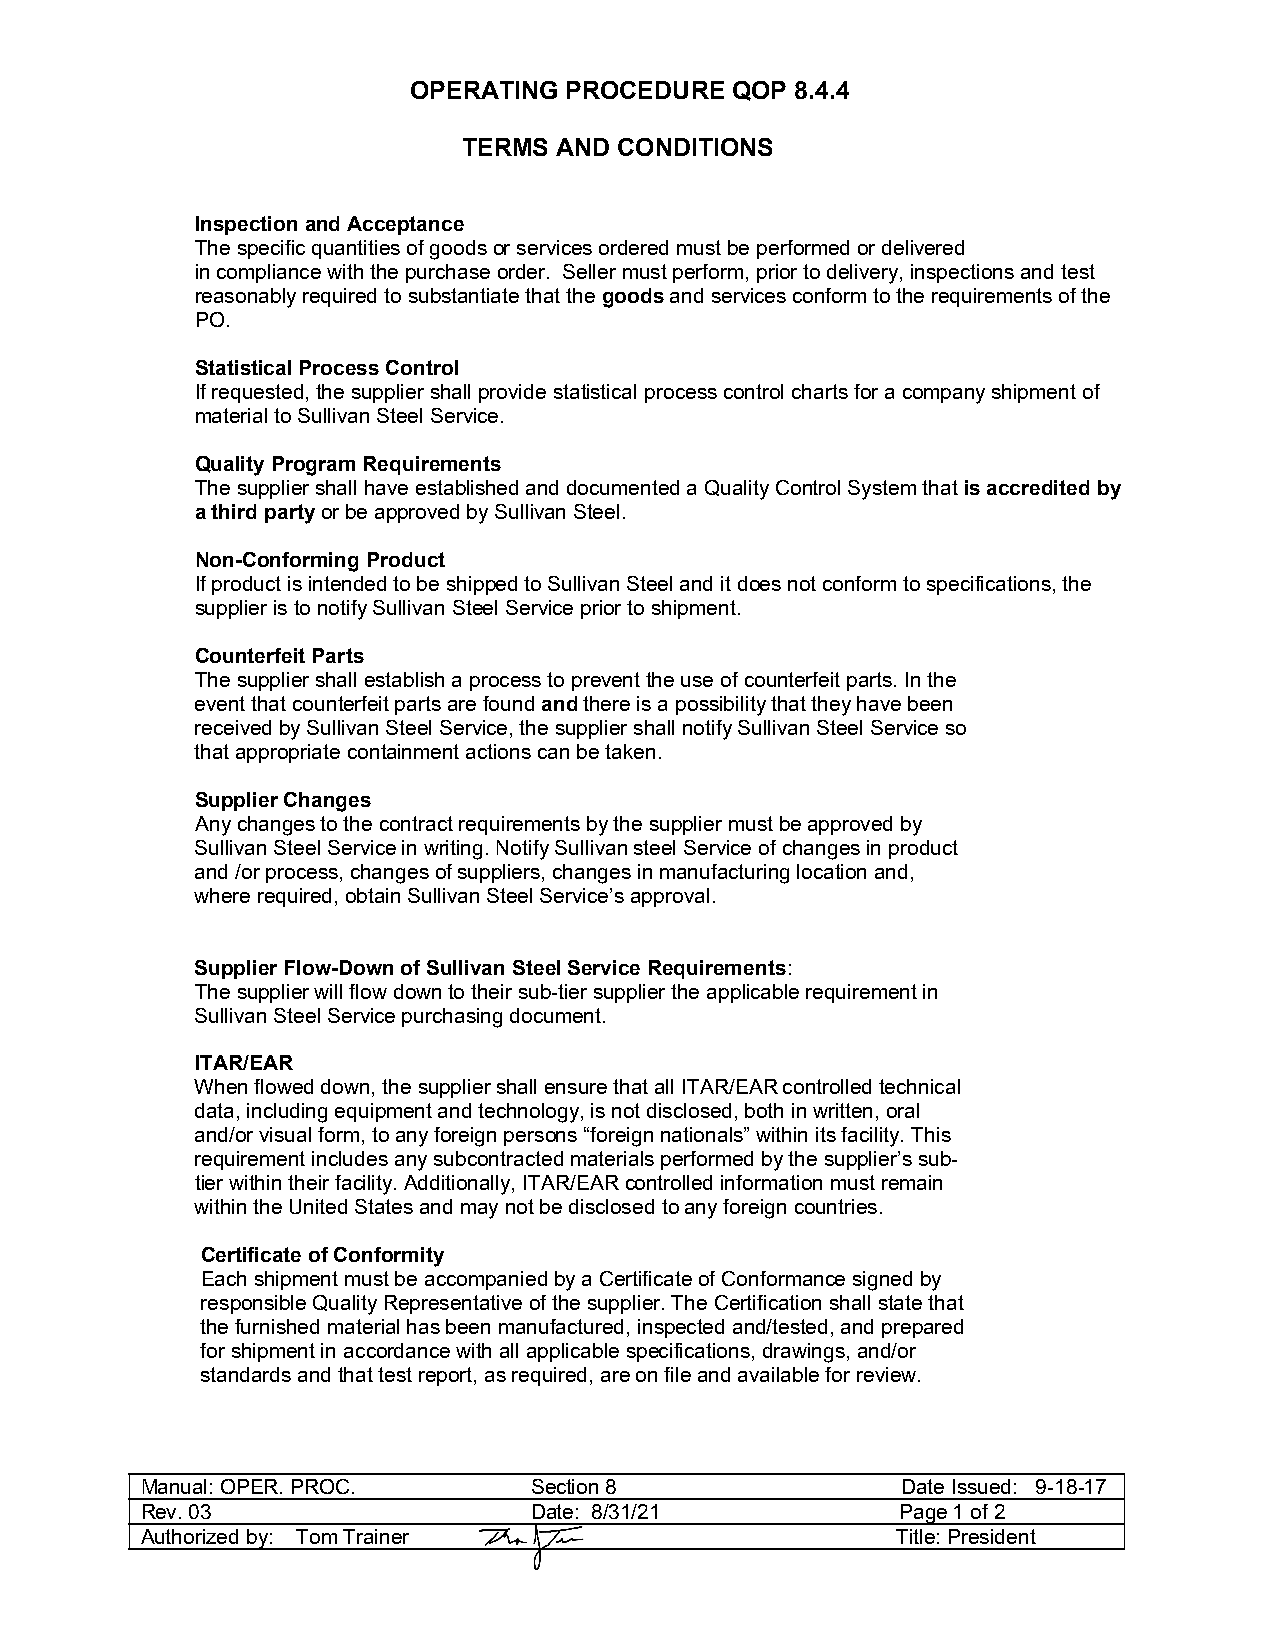
OPERATING PROCEDURE  QOP  8.4.4
 TERMS AND CONDITIONS
 Inspection and Acceptance
 The specific quantities of goods or services ordered must be performed or delivered
 in compliance with the purchase order. Seller must perform, prior to delivery, inspections and test
 reasonably required to substantiate that the goods and services conform to the requirements of the
 PO.
 Statistical Process Control
 If requested, the supplier shall provide statistical process control charts for a company shipment of
 material to Sullivan Steel Service.
 Quality Program Requirements
 The supplier shall have established and documented a Quality Control System that is accredited by
 a third party or be approved by Sullivan Steel.
 Non-Conforming Product
 If product is intended to be shipped to Sullivan Steel and it does not conform to specifications, the
 supplier is to notify Sullivan Steel Service prior to shipment.
 Counterfeit Parts
 The supplier shall establish a process to prevent the use of counterfeit parts. In the
 event that counterfeit parts are found and there is a possibility that they have been
 received by Sullivan Steel Service, the supplier shall notify Sullivan Steel Service so
 that appropriate containment actions can be taken.
 Supplier Changes
 Any changes to the contract requirements by the supplier must be approved by
 Sullivan Steel Service in writing. Notify Sullivan steel Service of changes in product
 and /or process, changes of suppliers, changes in manufacturing location and,
 where required, obtain Sullivan Steel Service’s approval.
 Supplier Flow-Down of Sullivan Steel Service Requirements:
 The supplier will flow down to their sub-tier supplier the applicable requirement in
 Sullivan Steel Service purchasing document.
 ITAR/EAR
 When flowed down, the supplier shall ensure that all ITAR/EAR controlled technical
 data, including equipment and technology, is not disclosed, both in written, oral
 and/or visual form, to any foreign persons “foreign nationals” within its facility. This
 requirement includes any subcontracted materials performed by the supplier’s sub-
 tier within their facility. Additionally, ITAR/EAR controlled information must remain
 within the United States and may not be disclosed to any foreign countries.
 Certificate of Conformity
 Each shipment must be accompanied by a Certificate of Conformance signed by
 responsible Quality Representative of the supplier. The Certification shall state that
 the furnished material has been manufactured, inspected and/tested, and prepared
 for shipment in accordance with all applicable specifications, drawings, and/or
 standards and that test report, as required, are on file and available for review.
 Manual: OPER. PROC.       Section 8                Date Issued: 9-18-17
 Rev. 03                   Date: 8/31/21            Page 1 of 2
 Authorized by: Tom Trainer                        Title: President